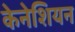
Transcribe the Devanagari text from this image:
केनेशियन